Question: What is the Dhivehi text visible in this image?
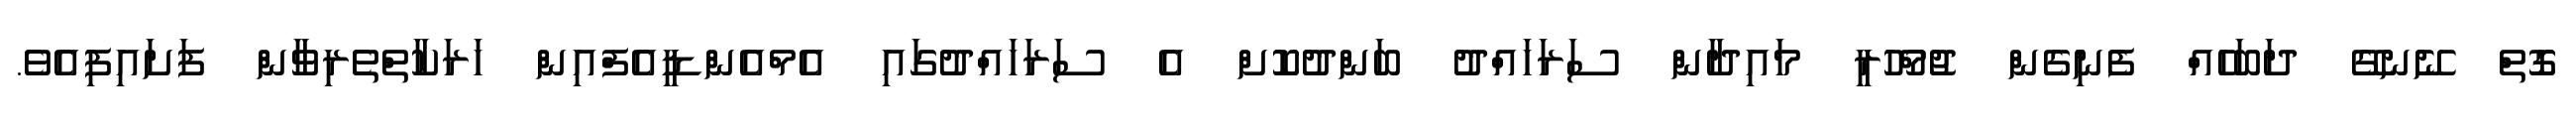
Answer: ގޮތް ނޭނގޭ ދަބަހެއް ފެނިގެން ޖުމްހޫރީ މައިދާން ސަރަހައްދު ބަންދުކޮށް އެ ސަރަހައްދުގައި އެމްއެންޑީއެފްއިން ހަރަކާތްތެރިވާން ފަށައިފިއެވެ.